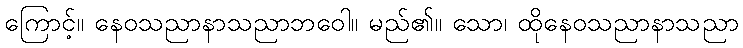
ကြောင့်။ နေဝသညာနာသညာဘဝေါ။ မည်၏။ သော၊ ထိုနေဝသညာနာသညာ